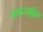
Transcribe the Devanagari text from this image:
सामान्यबुद्धिता